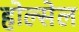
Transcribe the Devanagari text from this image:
होल्सेल